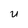
Character: U